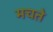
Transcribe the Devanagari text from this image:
मचते